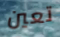
تعين